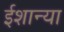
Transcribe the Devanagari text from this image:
ईशान्या